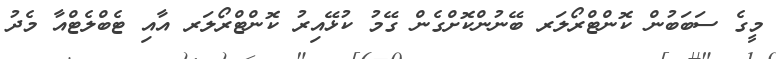
މީގެ ސަބަބުން ކޮންޓްރޯލަރ ބޭނުންކޮށްގެން ގޭމު ކުޅޭއިރު ކޮންޓްރޯލަރ އާއި ޓެބްލެޓްއާ މެދު